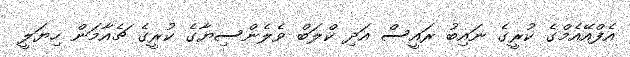
އެފްއޭއެމްގެ ކުރީގެ ނައިބު ރައީސް އަދި ކްލަބް ވެލެންސިޔާގެ ކުރީގެ ޗެއާމަން ހިޔަލީ